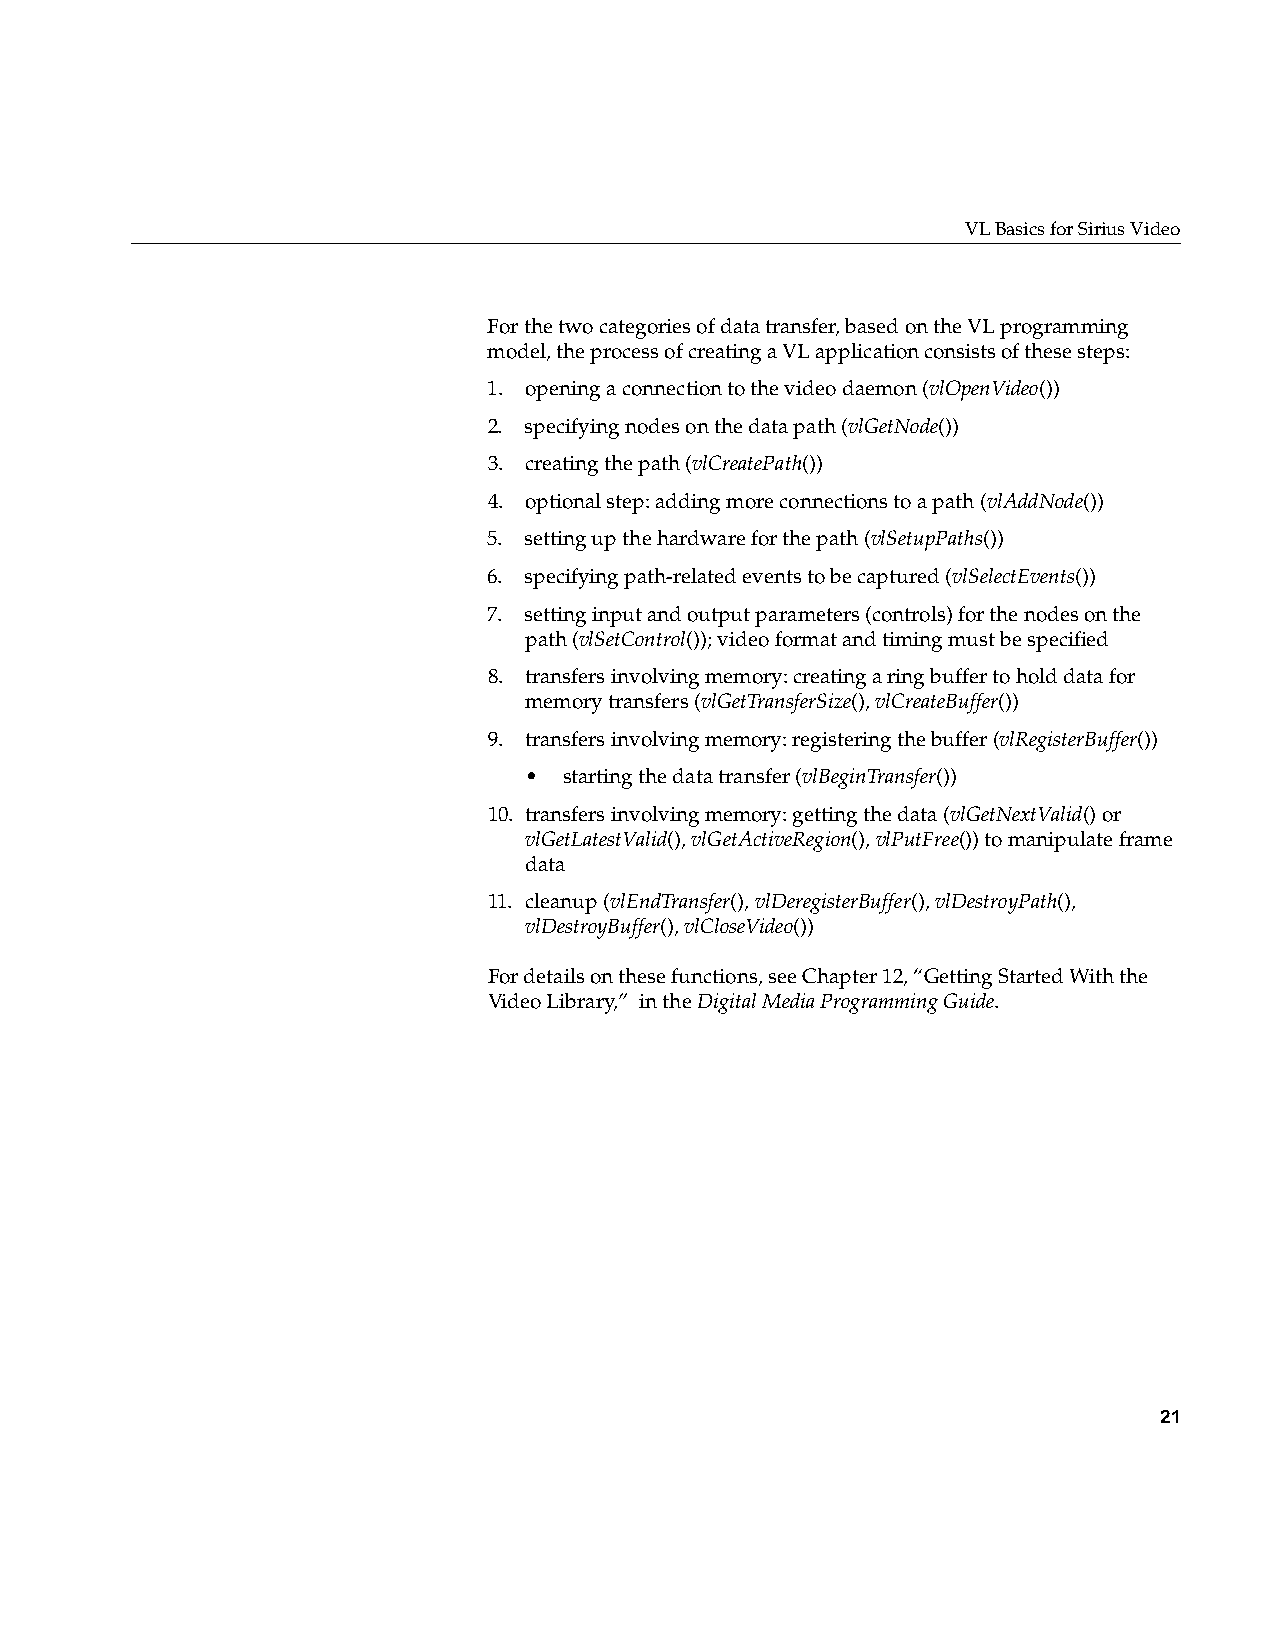
VL Basics for Sirius Video
 For the two categories of data transfer, based on the VL programming
 model, the process of creating a VL application consists of these steps:
 1. opening a connection to the video daemon (vlOpenVideo())
 2. specifying nodes on the data path (vlGetNode())
 3. creating the path (vlCreatePath())
 4. optional step: adding more connections to a path (vlAddNode())
 5. setting up the hardware for the path (vlSetupPaths())
 6. specifying path-related events to be captured (vlSelectEvents())
 7. setting input and output parameters (controls) for the nodes on the
 path (vlSetControl()); video format and timing must be specified
 8. transfers involving memory: creating a ring buffer to hold data for
 memory transfers (vlGetTransferSize(),vlCreateBuffer())
 9. transfers involving memory: registering the buffer (vlRegisterBuffer())
 • starting the data transfer (vlBeginTransfer())
 10. transfers involving memory: getting the data (vlGetNextValid() or
 vlGetLatestValid(),vlGetActiveRegion(),vlPutFree()) to manipulate frame
 data
 11. cleanup (vlEndTransfer(),vlDeregisterBuffer(),vlDestroyPath(),
 vlDestroyBuffer(),vlCloseVideo())
 For details on these functions, see Chapter 12, “Getting Started With the
 Video Library,” in theDigital Media Programming Guide.
 21